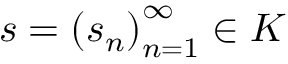
s = \left( s _ { n } \right) _ { n = 1 } ^ { \infty } \in K